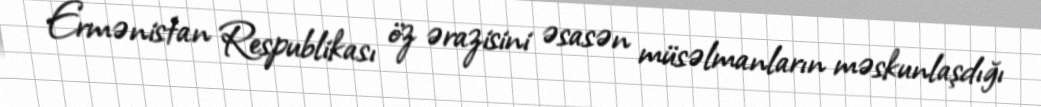
Ermənistan Respublikası öz ərazisini əsasən müsəlmanların məskunlaşdığı